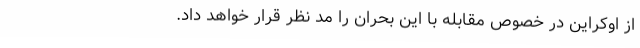
از اوکراین در خصوص مقابله با این بحران را مد نظر قرار خواهد داد.